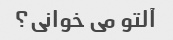
آلتو می خوانی؟